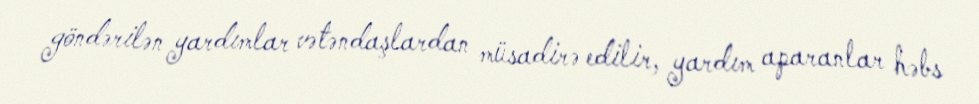
göndərilən yardımlar vətəndaşlardan müsadirə edilir, yardım aparanlar həbs